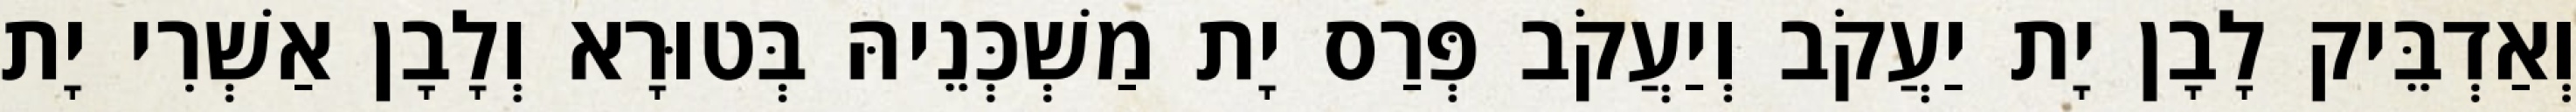
וְאַדְבֵּיק לָבָן יָת יַעֲקֹב וְיַעֲקֹב פְּרַס יָת מַשְׁכְּנֵיהּ בְּטוּרָא וְלָבָן אַשְׁרִי יָת